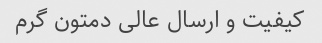
کیفیت و ارسال عالی دمتون گرم